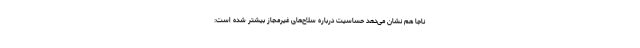
ناجا هم نشان می‌دهد حساسیت درباره سلاح‌های غیرمجاز بیشتر شده است: